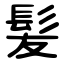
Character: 髪